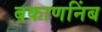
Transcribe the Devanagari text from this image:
बकाणनिंब